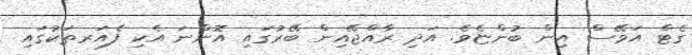
ގެޓް އަވޭސް އިން ބުންޏެވެ. އަދި ރާއްޖޭއިން ބޭރުގައި އޮންނަ އެކި ފެއަރތަކުގައި